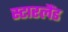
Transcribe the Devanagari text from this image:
स्टारलैंड